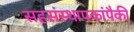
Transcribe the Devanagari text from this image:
सहसंस्थापकांपैकी